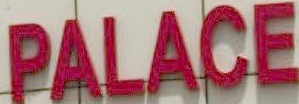
PALACE